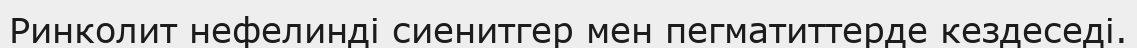
Ринколит нефелинді сиенитгер мен пегматиттерде кездеседі.